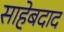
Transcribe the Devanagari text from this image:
साहेबदाद